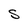
Character: S